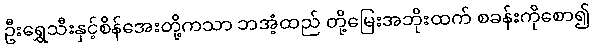
ဦးရွှေသီးနှင့်စိန်အေးတို့ကသာ ဘအံ့ထည် တို့မြေးအဘိုးထက် စခန်းကိုစော၍